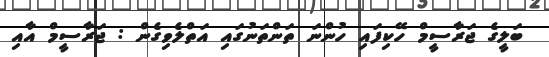
ބަލީގެ ޖަރާސީމް ހޭކިފައި ހުންނަ ތަންތަނުގައި އަތްލެވިގެން : ޖަރާސީމް އާއި